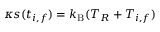
\kappa s ( t _ { i , f } ) = k _ { \mathrm { B } } ( T _ { R } + T _ { i , f } )